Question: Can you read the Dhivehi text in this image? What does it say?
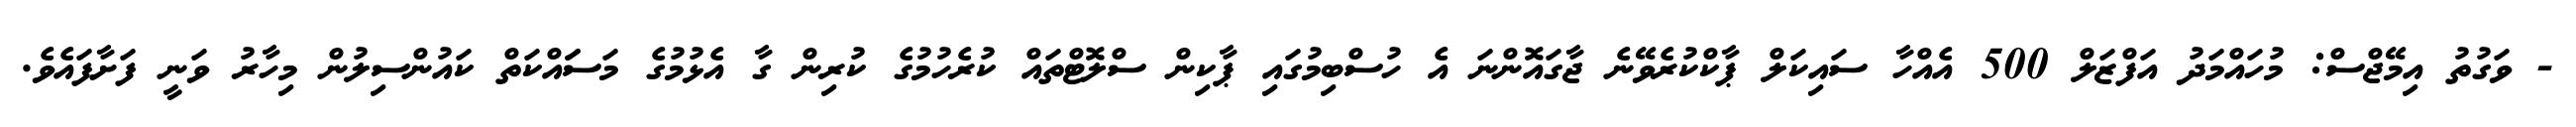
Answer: - ވަގުތު އިމޭޖްސް: މުހައްމަދު އަފްޒަލް 500 އެއްހާ ސައިކަލް ޕާކްކުރެވޭނެ ޖާގައޮންނަ އެ ހުސްބިމުގައި ޕާކިން ސްލޮޓްތައް ކުރެހުމުގެ ކުރިން ގާ އެޅުމުގެ މަސަައްކަތް ކައުންސިލުން މިހާރު ވަނީ ފަށާފައެވެ.